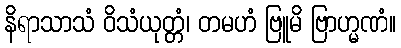
နိရာသာသံ ဝိသံယုတ္တံ၊ တမဟံ ဗြူမိ ဗြာဟ္မဏံ။